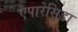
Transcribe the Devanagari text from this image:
एपारेसिडा